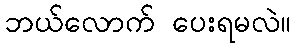
ဘယ်လောက် ပေးရမလဲ။